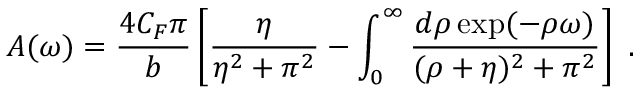
A ( \omega ) = \frac { 4 C _ { F } \pi } { b } \left[ \frac { \eta } { \eta ^ { 2 } + \pi ^ { 2 } } - \int _ { 0 } ^ { \infty } \frac { d \rho \exp ( - \rho \omega ) } { ( \rho + \eta ) ^ { 2 } + \pi ^ { 2 } } \right] ~ .